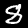
Digit: 8